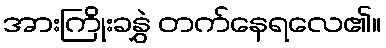
အားကြိုးခနွှဲ တက်နေရလေ၏။